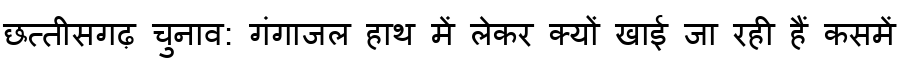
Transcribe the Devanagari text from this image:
छत्तीसगढ़ चुनाव: गंगाजल हाथ में लेकर क्यों खाई जा रही हैं कसमें